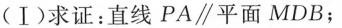
(Ⅰ)求证：直线PA\parallel平面MDB；